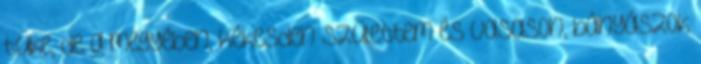
tüke, de a megyében, Kékesden születtem és Vasason, bányászok